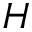
H